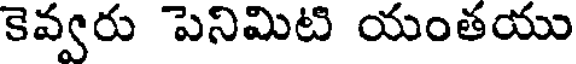
కెవ్వరు పెనిమిటి యంతయు